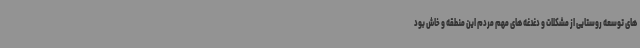
های توسعه روستایی از مشکلات و دغدغه های مهم مردم این منطقه و خاش بود